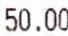
50.00